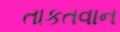
તાકતવાન